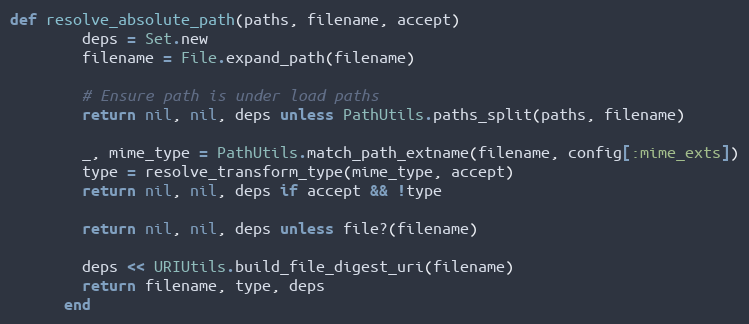
Language: Ruby
def resolve_absolute_path(paths, filename, accept)
        deps = Set.new
        filename = File.expand_path(filename)

        # Ensure path is under load paths
        return nil, nil, deps unless PathUtils.paths_split(paths, filename)

        _, mime_type = PathUtils.match_path_extname(filename, config[:mime_exts])
        type = resolve_transform_type(mime_type, accept)
        return nil, nil, deps if accept && !type

        return nil, nil, deps unless file?(filename)

        deps << URIUtils.build_file_digest_uri(filename)
        return filename, type, deps
      end